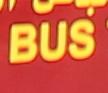
bus